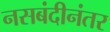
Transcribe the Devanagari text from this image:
नसबंदीनंतर